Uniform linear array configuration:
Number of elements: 48
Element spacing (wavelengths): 0.25
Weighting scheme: hamming
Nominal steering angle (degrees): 45
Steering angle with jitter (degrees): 45.671
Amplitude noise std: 0.05
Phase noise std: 0.05

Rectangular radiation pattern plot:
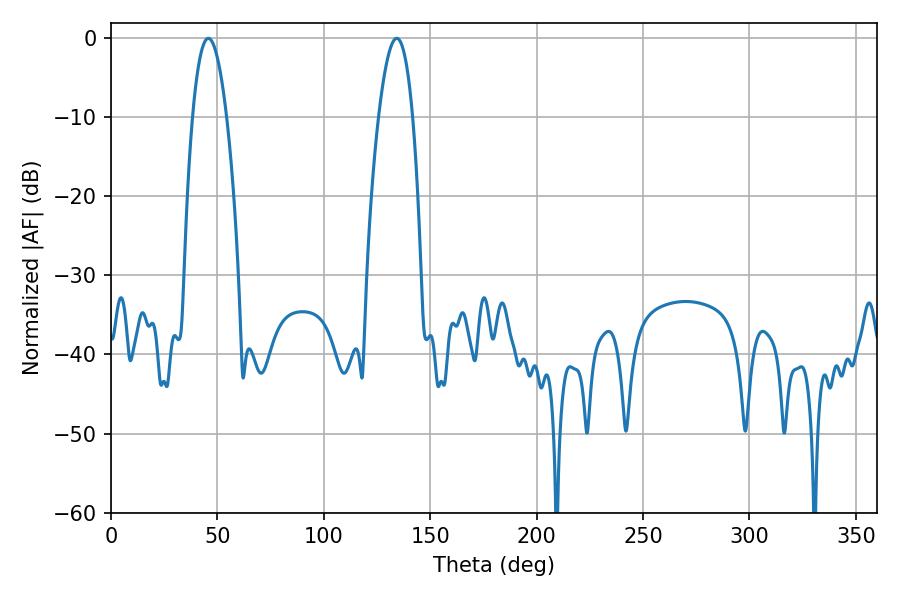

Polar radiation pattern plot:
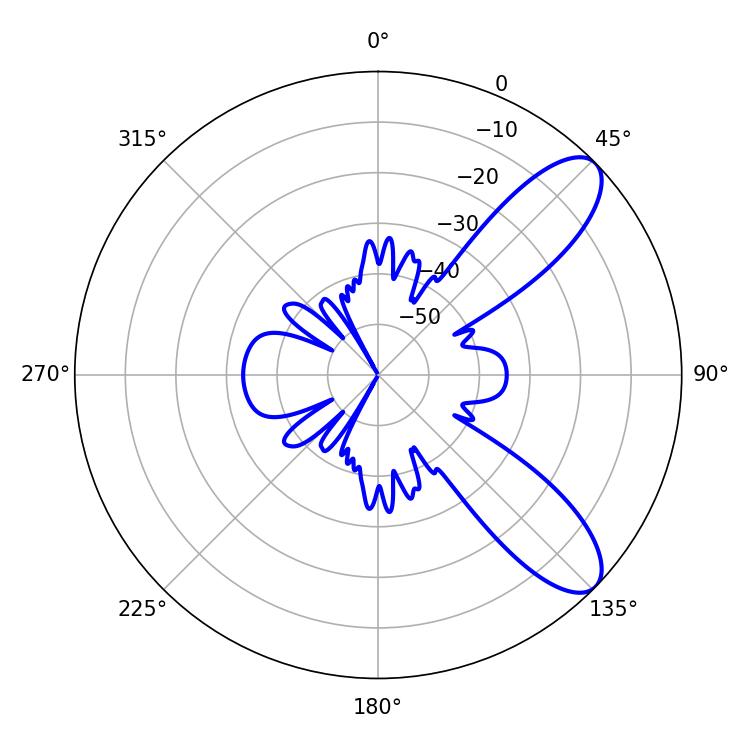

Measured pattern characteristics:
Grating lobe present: FALSE
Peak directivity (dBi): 9.247
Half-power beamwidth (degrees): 8.82
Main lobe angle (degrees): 45.72